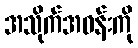
အသိုက်အဝန်းကို